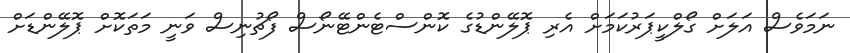
ނަމަވެސް އަލަށް ގޯލްކީޕަރުކަމަށް އެރި ޕޮލޭންޑުގެ ކޮންސްޓެންޓޭނޯސް ފޯޗުނިސް ވަނީ މަތަކޮށް ޕޮލޭންޑަށް